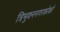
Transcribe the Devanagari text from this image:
त्रिभुवननगरकोको